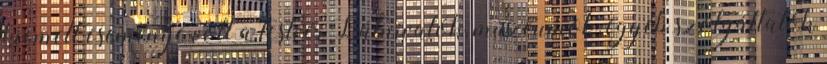
kiemelt eseménye volt a testvér Látnivalók, múzeumok, egyéb szolgáltatók